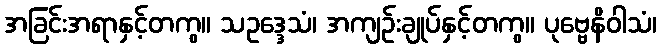
အခြင်းအရာနှင့်တကွ။ သဥဒ္ဒေသံ၊ အကျဉ်းချုပ်နှင့်တကွ။ ပုဗ္ဗေနိဝါသံ၊